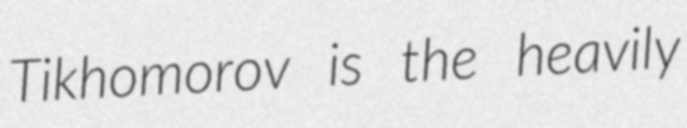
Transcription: Tikhomorov is the heavily